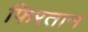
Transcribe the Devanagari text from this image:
फिरतान